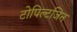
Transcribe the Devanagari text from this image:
टोपिल्टजिन